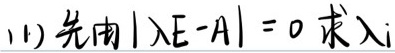
(1) 先由 $|\lambda E - A| = 0$ 求 $\lambda_i$